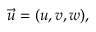
{ \vec { u } } = ( u , v , w ) ,